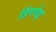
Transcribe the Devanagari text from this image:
डिंगवेइ